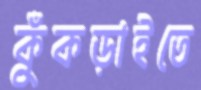
কুঁকড়াইতে